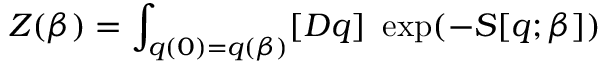
Z ( \beta ) = \int _ { q ( 0 ) = q ( \beta ) } [ { \cal D } q ] \ \exp ( - S [ q ; \beta ] )